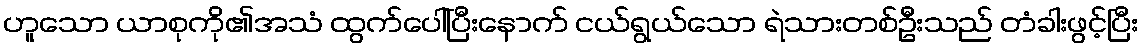
ဟူသော ယာစုကို၏အသံ ထွက်ပေါ်ပြီးနောက် ငယ်ရွယ်သော ရဲသားတစ်ဦးသည် တံခါးဖွင့်ပြီး